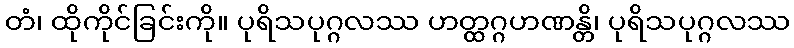
တံ၊ ထိုကိုင်ခြင်းကို။ ပုရိသပုဂ္ဂလဿ ဟတ္ထဂ္ဂဟဏန္တိ၊ ပုရိသပုဂ္ဂလဿ